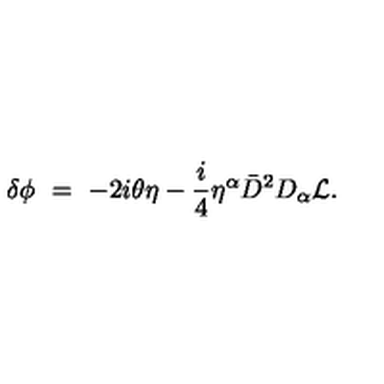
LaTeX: \delta \phi \ = \ - 2 i \theta \eta - { \frac { i } { 4 } } \eta ^ { \alpha } { \bar { D } } ^ { 2 } D _ { \alpha } { \cal L } .